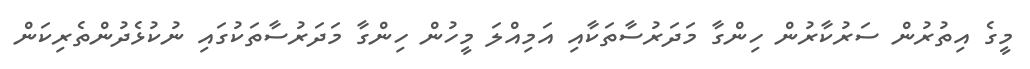
މީގެ އިތުރުން ސަރުކާރުން ހިންގާ މަދަރުސާތަކާއި އަމިއްލަ މީހުން ހިންގާ މަދަރުސާތަކުގައި ނުކުޅެދުންތެރިކަން